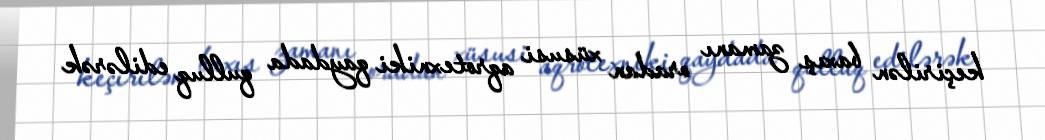
keçirilən baxış zamanı oradan xüsusi aqrotexniki qaydada qulluq edilərək